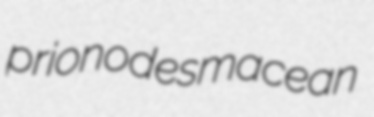
prionodesmacean